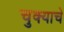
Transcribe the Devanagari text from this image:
चुक्याचे